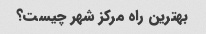
بهترین راه مرکز شهر چیست؟